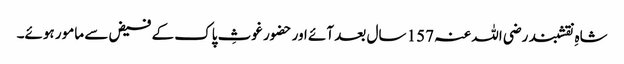
شاہِ نقشبند رضی اللہ عنہ 157 سال بعد آئے اور حضور غوثِ پاک کے فیض سے مامور ہوئے۔